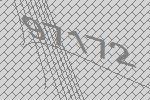
97172